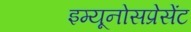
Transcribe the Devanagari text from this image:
इम्यूनोसप्रेसेंट